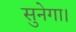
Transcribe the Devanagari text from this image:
सुनेगा।